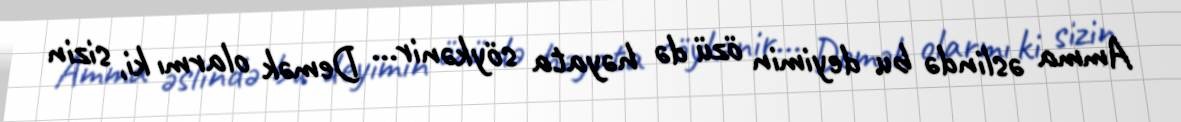
Amma əslində bu deyimin özü də həyata söykənir... Demək olarmı ki, sizin